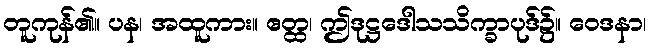
တူကုန်၏။ ပန၊ အထူကား။ ဧတ္ထ၊ ဤဒုဋ္ဌဒေါသသိက္ခာပုဒ်၌။ ဝေဒနာ၊